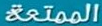
الممتعة